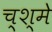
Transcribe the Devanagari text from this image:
च्श्मे